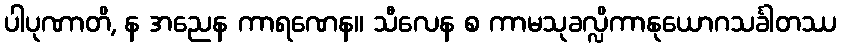
ပါပုဏာတိ, န အညေန ကာရဏေန။ သီလေန စ ကာမသုခလ္လိကာနုယောဂသင်္ခါတဿ